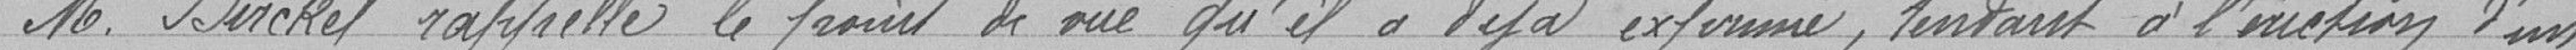
Monsieur Birckel rappelle le point de vue qu'il a déjà exprimé, tendant à l'érection d'un